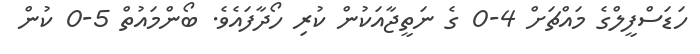
ހަޑަސްފީލްގެ މައްޗަށް 4-0 ގެ ނަތީޖާއަކުން ކުރި ހޯދާފައެވެ. ބޯންމައުތް 5-0 ކުން